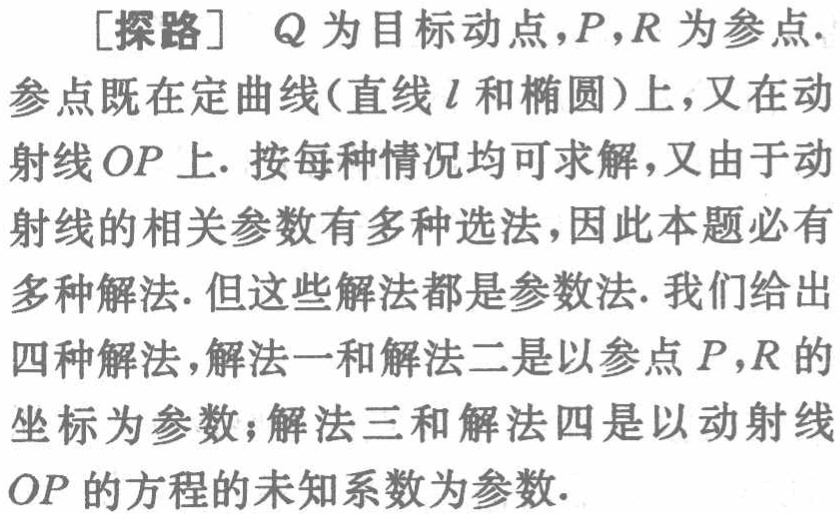
[探路] \(Q\)为目标动点，\(P\)，\(R\)为参点. 参点既在定曲线(直线\(l\)和椭圆)上，又在动射线\(OP\)上. 按每种情况均可求解，又由于动射线的相关参数有多种选法，因此本题必有多种解法. 但这些解法都是参数法. 我们给出四种解法，解法一和解法二是以参点\(P\)，\(R\)的坐标为参数；解法三和解法四是以动射线\(OP\)的方程的未知系数为参数.